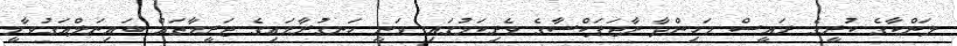
ލަންކާގެ ކުރީގެ ރައީސް މަހިންދާ ރާޖަޕަކްސާގެ ވެރިކަމުގައި ވަނީ ހަނގުރާމައިގެ ޖަރީމާތައް ބައިނަލްއަގުވާމީ